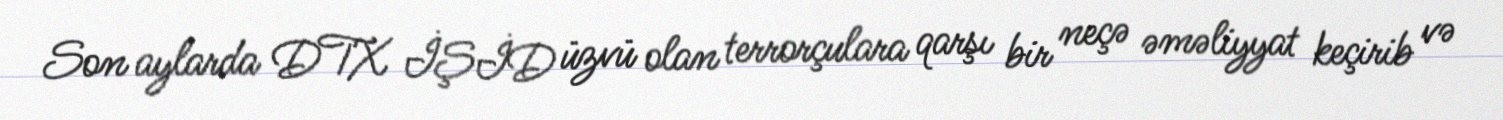
Son aylarda DTX İŞİD üzvü olan terrorçulara qarşı bir neçə əməliyyat keçirib və